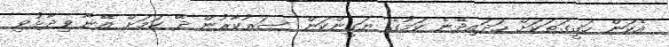
އެކަން ހަގީގަތަކަށް ހަދައިދޭނެ ކަމުގެ ޔަގީންކަން ސަރުކާރުން ދޭ ކަމަށް އޭނާ ވިދާޅުވި